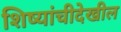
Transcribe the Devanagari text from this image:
शिष्यांचीदेखील